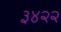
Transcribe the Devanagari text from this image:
३४२२